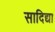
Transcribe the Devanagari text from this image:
सादिद्या